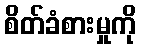
စိတ်ခံစားမှုကို